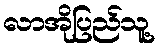
လာအိုပြည်သူ့